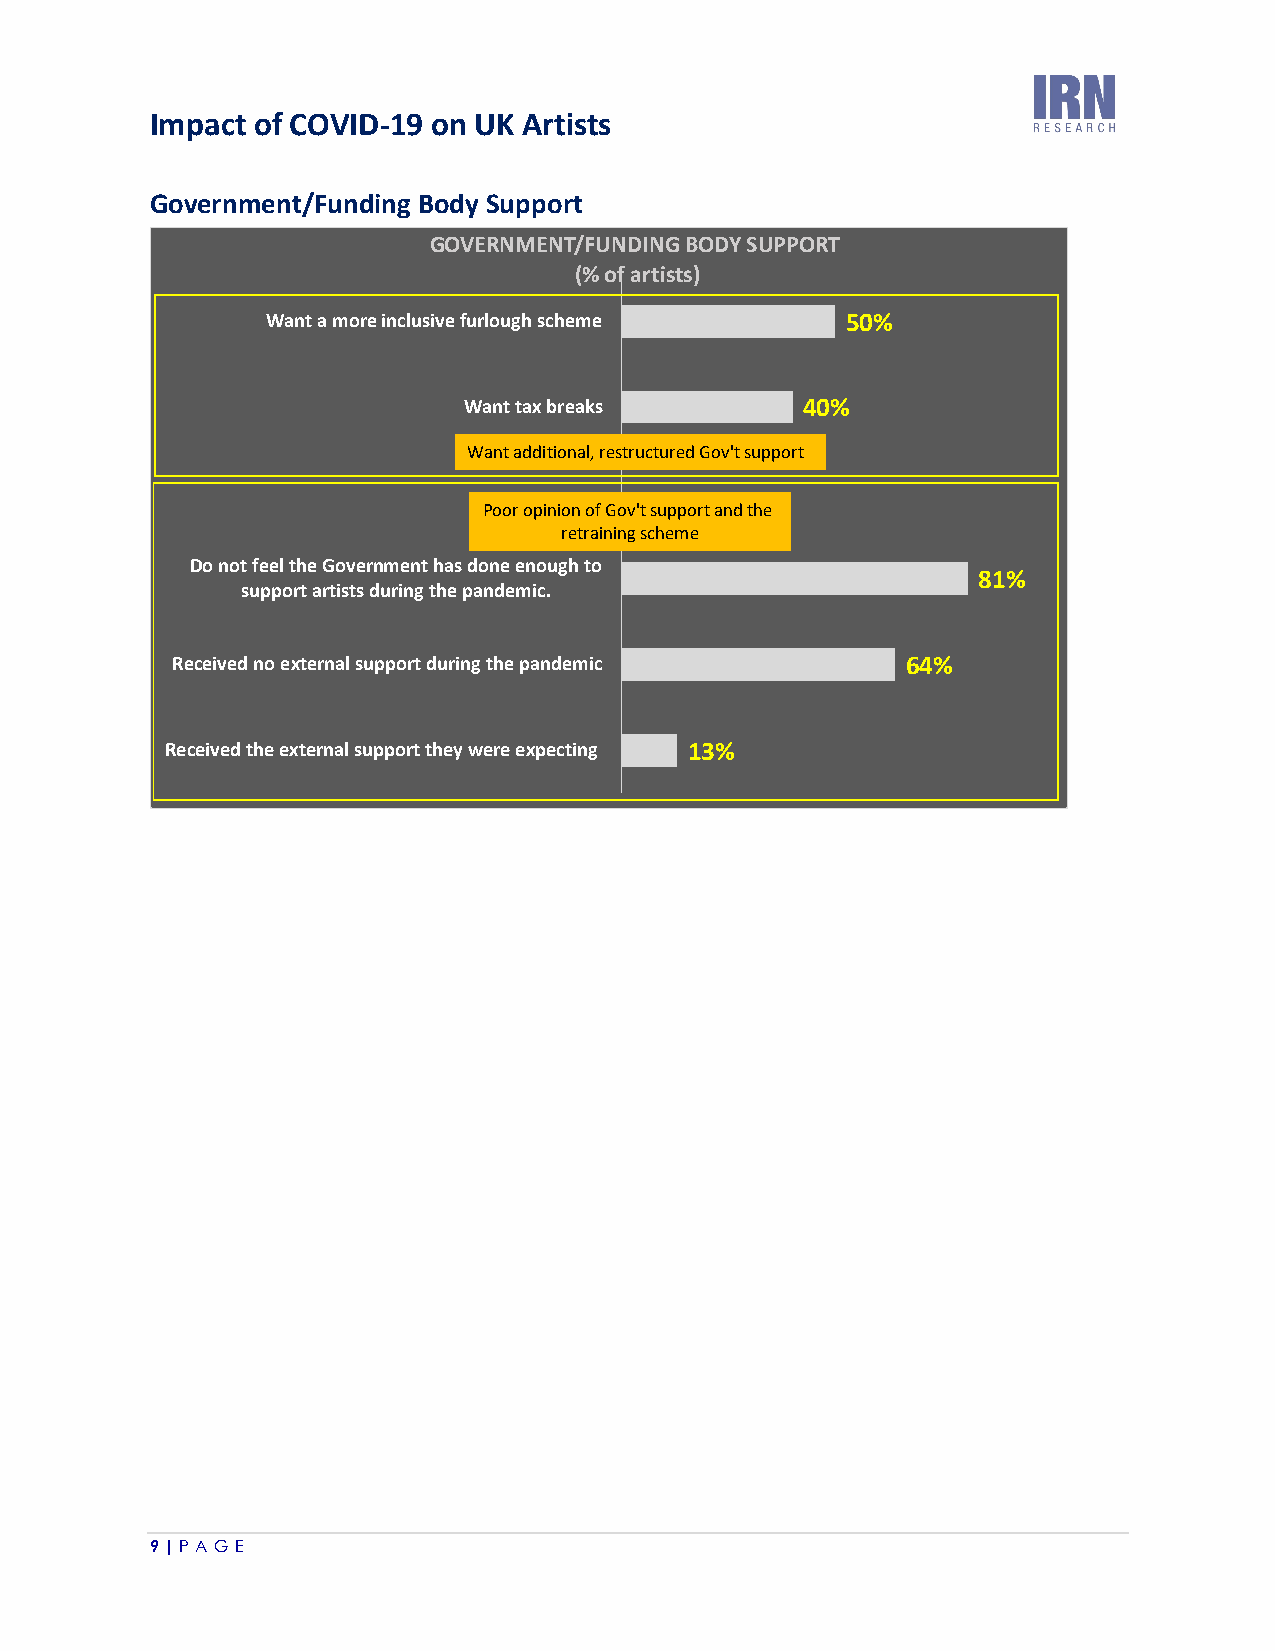
Impact of COVID-19 on UK Artists
 Government/Funding Body Support
 GOVERNMENT/FUNDING BODY SUPPORT
 (% of artists)
 Want a more inclusive furlough scheme 50%
 Want tax breaks       40%
 Want additional, restructured Gov't support
 Poor opinion of Gov't support and the
 retraining scheme
 Do not feel the Government has done enough to
 81%
 support artists during the pandemic.
 Received no external support during the pandemic 64%
 Received the external support they were expecting 13%
 9 | P A G E